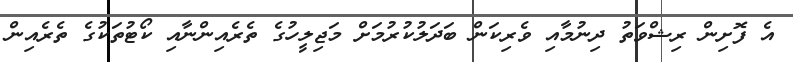
އެ ފޮށިން ރިޝްވަތު ދިނުމާއި ވެރިކަން ބަދަލުކުރުމަށް މަޖިލީހުގެ ތެރެއިންނާއި ކޯޓުތަކުގެ ތެރެއިން